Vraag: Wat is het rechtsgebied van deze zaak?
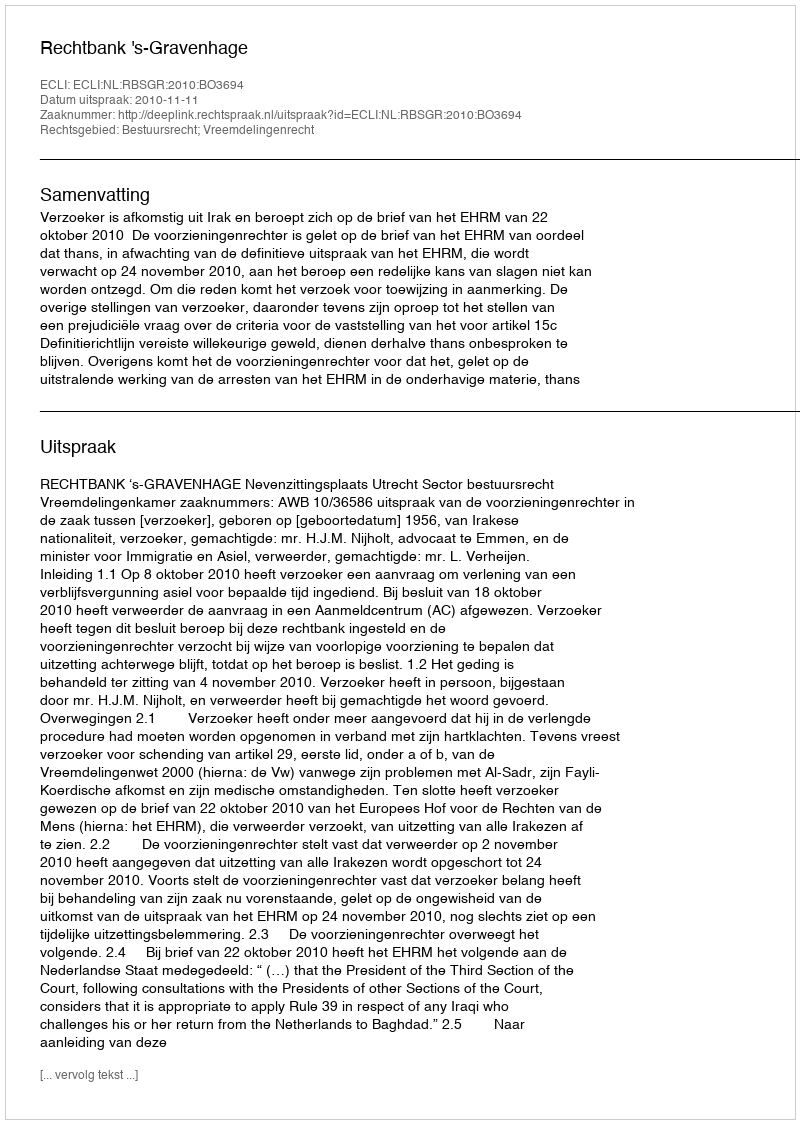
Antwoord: Bestuursrecht; Vreemdelingenrecht